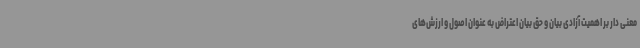
معنی دار بر اهمیت آزادی بیان و حق بیان اعتراض به عنوان اصول و ارزش‌های